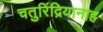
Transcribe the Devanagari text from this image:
चतुरिंद्रियानाह